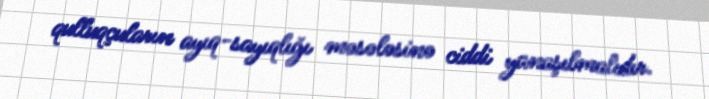
qulluqçuların ayıq-sayıqlığı məsələsinə ciddi yanaşılmalıdır.